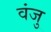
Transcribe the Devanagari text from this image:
वंजु